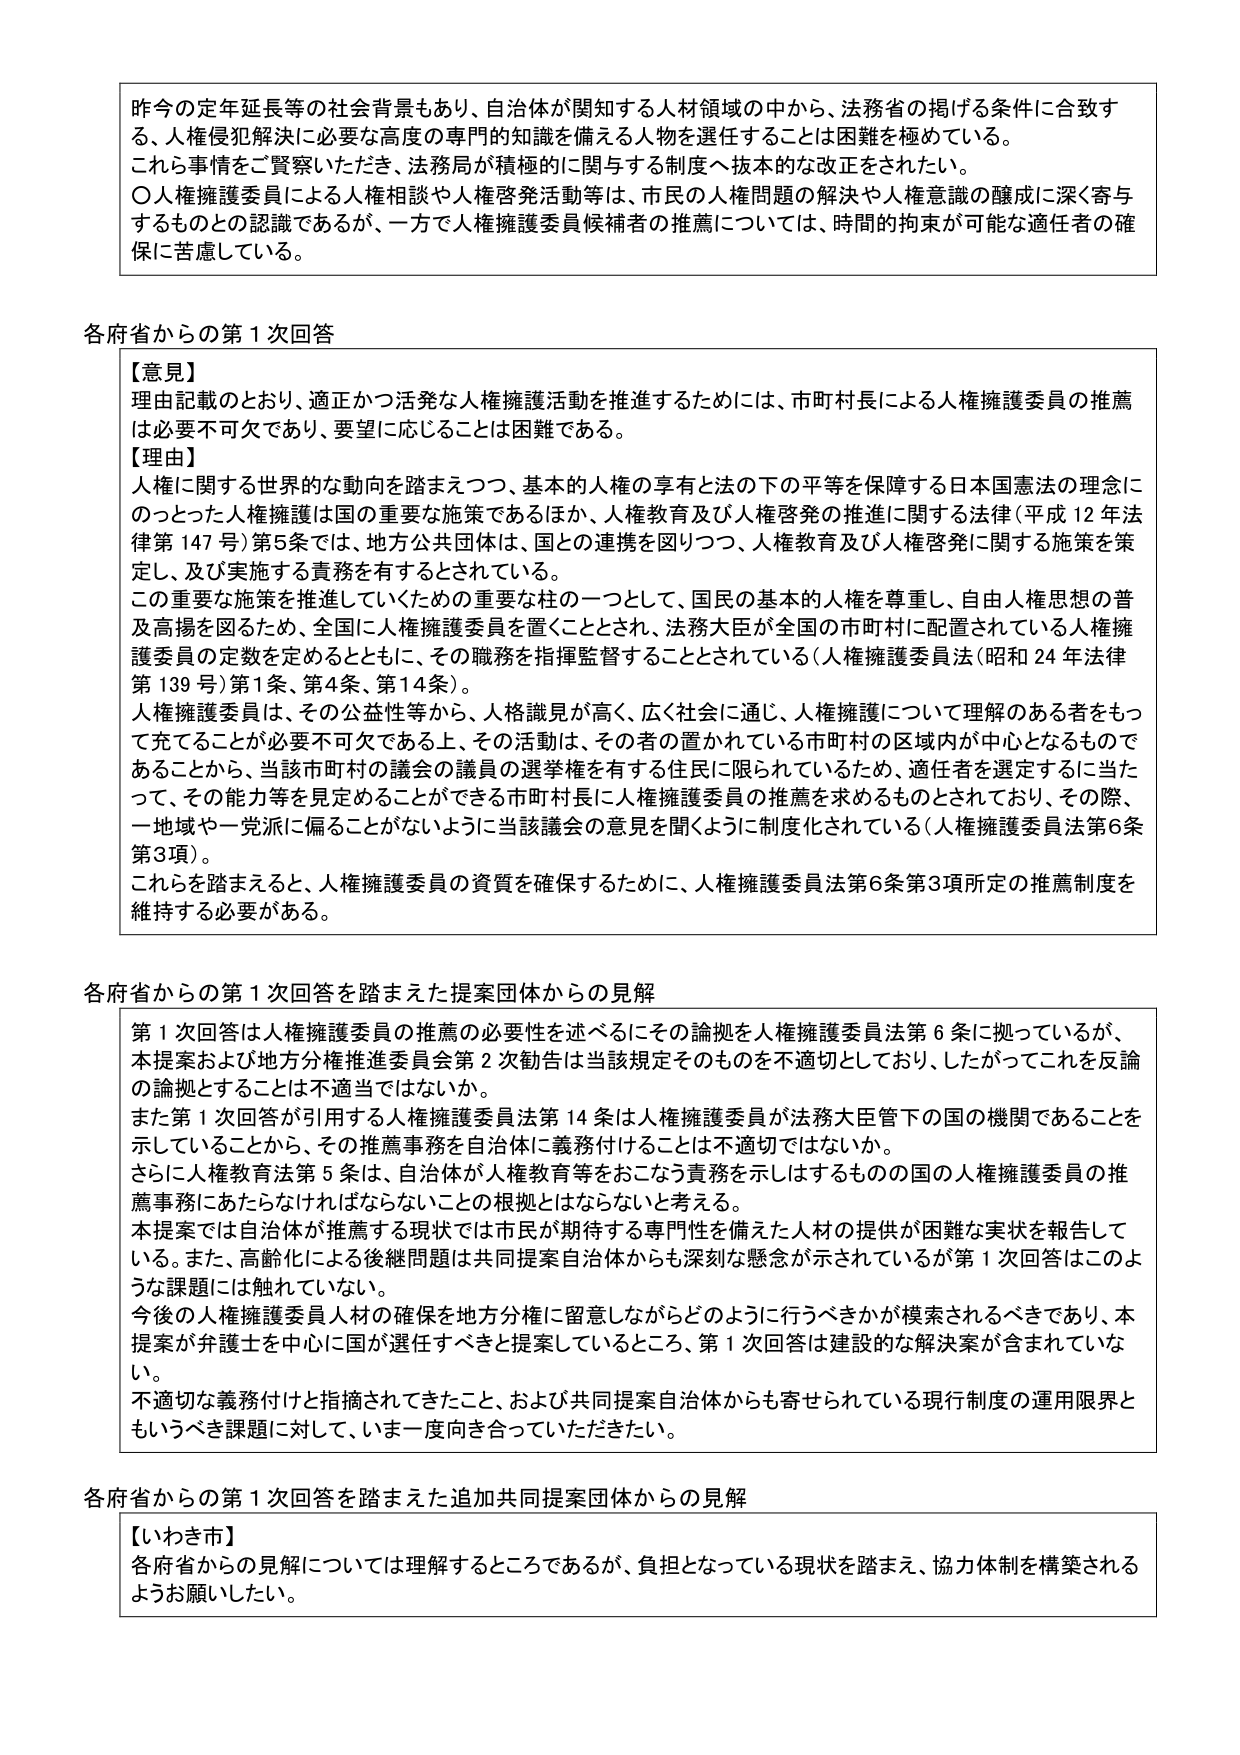
昨今の定年延長等の社会背景もあり、自治体が関知する人材領域の中から、法務省の掲げる条件に合致する、人権侵犯解決に必要な高度の専門的知識を備える人物を選任することは困難を極めている。
これら事情をご賢察いただき、法務局が積極的に関与する制度へ抜本的な改正をされたい。
〇人権擁護委員による人権相談や人権啓発活動等は、市民の人権問題の解決や人権意識の醸成に深く寄与するものとの認識であるが、一方で人権擁護委員候補者の推薦については、時間的拘束が可能な適任者の確保に苦慮している。

各府省からの第１次回答
【意見】
理由記載のとおり、適正かつ活発な人権擁護活動を推進するためには、市町村長による人権擁護委員の推薦は必要不可欠であり、要望に応じることは困難である。
【理由】
人権に関する世界的な動向を踏まえつつ、基本的人権の享有と法の下の平等を保障する日本国憲法の理念にのっとった人権擁護は国の重要な施策であるほか、人権教育及び人権啓発の推進に関する法律（平成12年法律第147号）第5条では、地方公共団体は、国の連携を図りつつ、人権教育及び人権啓発に関する施策を策定し、及び実施する責務を有するとされている。
この重要な施策を推進していくための重要な柱の一つとして、国民の基本的人権を尊重し、自由人権思想の普及高揚を図るため、全国に人権擁護委員を置くこととされ、法務大臣が全国の市町村に配置されている人権擁護委員の定数を定めるとともに、その職務を指揮監督することとされている（人権擁護委員法（昭和24年法律第139号）第1条、第4条、第14条）。
人権擁護委員は、その公益性等から、人格識見が高く、広く社会に通じ、人権擁護について理解のある者をもって充てることが必要不可欠である上、その活動は、その者の置かれている市町村の区域内が中心となるものであることから、当該市町村の議会の議員の選挙権を有する住民に限られているため、適任者を選定するに当たって、その能力等を見定めることができる市町村長に人権擁護委員の推薦を求めるものとされており、その際、一地域や一党派に偏ることがないように当該議会の意見を聞くように制度化されている（人権擁護委員法第6条第3項）。
これらを踏まえると、人権擁護委員の資質を確保するために、人権擁護委員法第6条第3項所定の推薦制度を維持する必要がある。

各府省からの第１次回答を踏まえた提案団体からの見解
第１次回答は人権擁護委員の推薦の必要性を述べるにその論拠を人権擁護委員法第6条に拠っているが、本提案および地方分権推進委員会第2次勧告は当該規定そのものを不適切としており、したがってこれを反論の論拠とすることは不適当ではないか。
また第１次回答が引用する人権擁護委員法第14条は人権擁護委員が法務大臣管下の国の機関であることを示していることから、その推薦事務を自治体に義務付けることは不適切ではないか。
さらに人権教育法第5条は、自治体が人権教育等をおこなう責務を示しはするものの国の⼈権擁護委員の推薦事務にあたらなければならないことの根拠とはならないと考える。
本提案では自治体が推薦する現状では市民が期待する専門性を備えた人材の提供が困難な実状を報告している。また、高齢化による後継問題は共同提案自治体からも深刻な懸念が示されているが第１次回答はこのような課題には触れていない。
今後の人権擁護委員人材の確保を地方分権に留意しながらどのように行うべきかが模索されるべきであり、本提案が弁護士を中心に国が選任すべきと提案しているところ、第１次回答は建設的な解決案が含まれていない。
不適切な義務付けと指摘されてきたこと、および共同提案自治体からも寄せられている現行制度の運用限界ともいうべき課題に対して、いま一度向き合っていただきたい。

各府省からの第１次回答を踏まえた追加共同提案団体からの見解
【いわき市】
各府省からの見解については理解するところであるが、負担となっている現状を踏まえ、協力体制を構築されるようお願いしたい。